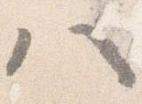
八